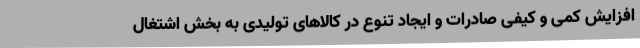
افزایش کمی و کیفی صادرات و ایجاد تنوع در کالاهای تولیدی به بخش اشتغال